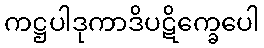
ကဋ္ဌပါဒုကာဒိပဋိက္ခေပေါ